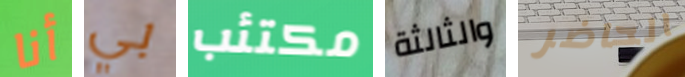
أنا بي مكتئب والثالثة الحاضر